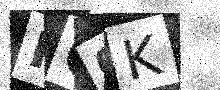
Text: RQ0K